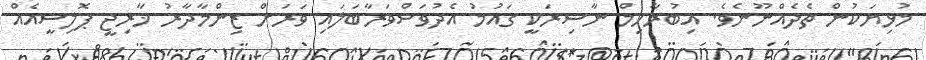
މުޅިޔަކުން ތެދެއްނޫނެވެ. އިބުރާހިމް ނާސިރަކީ ގައުމު އެދުވަސްވަރާބަލައި ވަރަށް ޒިންމާދާރު ޚާރިޖީ ޕޮލިސީއެއް